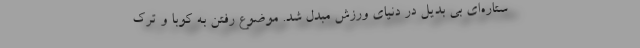
ستاره‌ای بی بدیل در دنیای ورزش مبدل شد. موضوع رفتن به کوبا و ترک